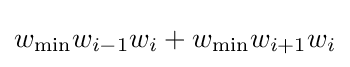
w_{\min }w_{i-1}w_{i}+w_{\min }w_{i+1}w_{i}